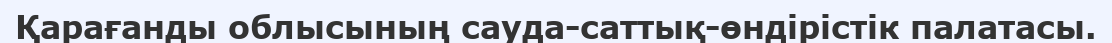
Қарағанды облысының сауда-саттық-өндірістік палатасы.